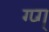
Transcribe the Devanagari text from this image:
ग्प्ग्